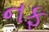
નફ